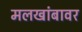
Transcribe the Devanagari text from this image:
मलखांबावर